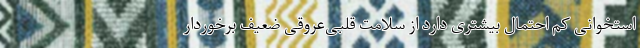
استخوانی کم احتمال بیشتری دارد از سلامت قلبی‌عروقی ضعیف برخوردار